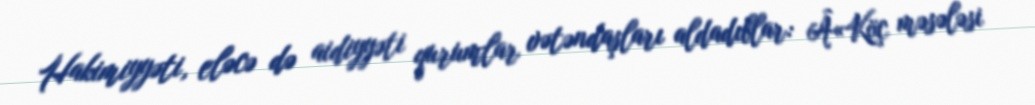
Hakimiyyəti, eləcə də aidiyyəti qurumlar vətəndaşları aldadıblar: Â«Köç məsələsi